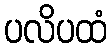
ပလိပထံ